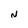
Character: N